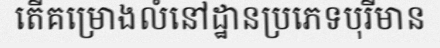
តើគម្រោងលំនៅដ្ឋានប្រភេទបុរីមាន